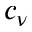
c _ { \nu }